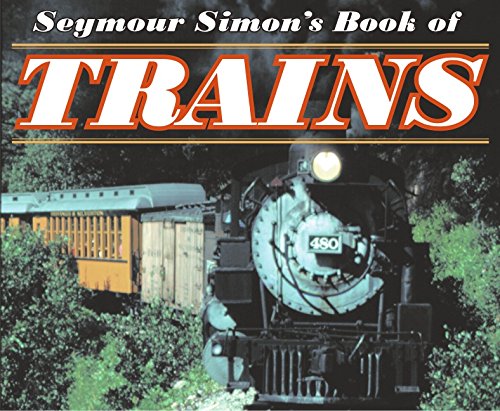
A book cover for Seymour Simon's Book of Trains; Seymour Simon; Engineering & Transportation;